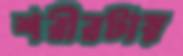
শরীরটায়